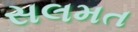
સલમત